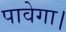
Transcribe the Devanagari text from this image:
पावेगा।